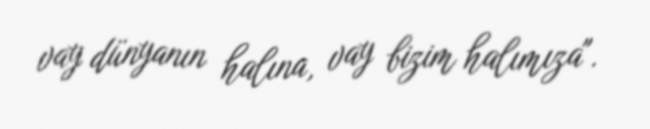
vay dünyanın halına, vay bizim halımıza".